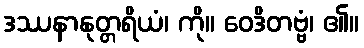
ဒဿနာနုတ္တရိယံ၊ ကို။ ဝေဒိတဗ္ဗံ၊ ၏။